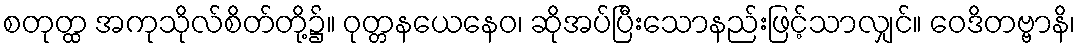
စတုတ္ထ အကုသိုလ်စိတ်တို့၌။ ဝုတ္တနယေနေဝ၊ ဆိုအပ်ပြီးသောနည်းဖြင့်သာလျှင်။ ဝေဒိတဗ္ဗာနိ၊